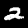
Label: 2